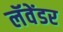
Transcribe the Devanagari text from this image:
लॅवेंडर